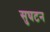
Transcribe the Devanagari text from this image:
सुघटन